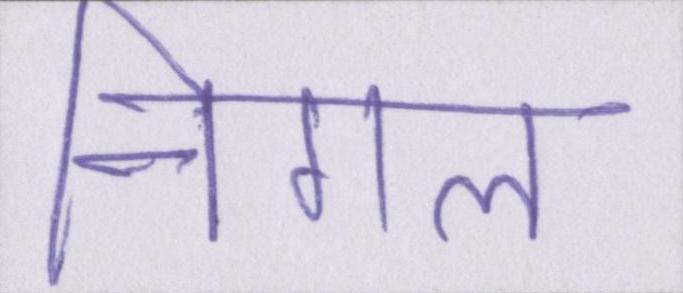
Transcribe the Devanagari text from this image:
निगल